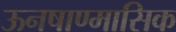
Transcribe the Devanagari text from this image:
ऊनषाण्मासिक